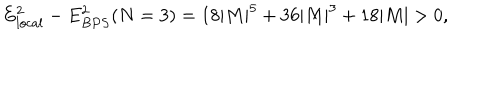
LaTeX: E _ { l o c a l } ^ { 2 } - E _ { B P S } ^ { 2 } ( N = 3 ) = 1 8 | M | ^ { 5 } + 3 6 | M | ^ { 3 } + 1 8 | M | > 0 ,